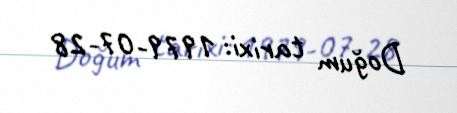
Doğum tarixi: 1979-07-28